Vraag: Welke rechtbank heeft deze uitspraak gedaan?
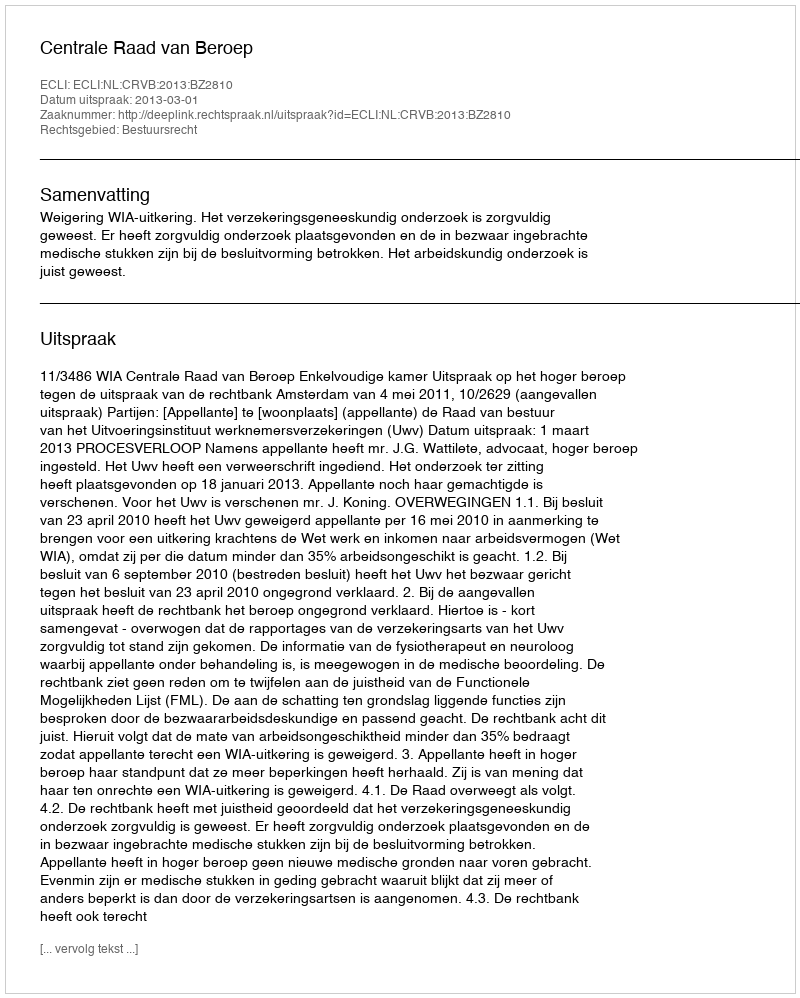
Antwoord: Centrale Raad van Beroep